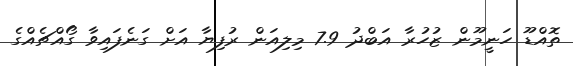
ތޮއްޑޫ ހަނީމޫން ޒުހުރާ އަބްދު 7.9 މިލިއަން ރުފިޔާ އަށް ގަނެފައިވާ ގޯއްޗެއްގެ